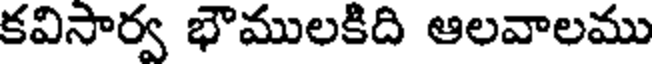
కవిసార్వ భౌములకిది ఆలవాలము